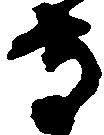
守